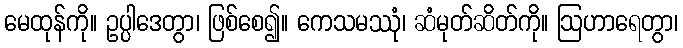
မေထုန်ကို။ ဥပ္ပါဒေတွာ၊ ဖြစ်စေ၍။ ကေသမဿုံ၊ ဆံမုတ်ဆိတ်ကို။ ဩဟာရေတွာ၊